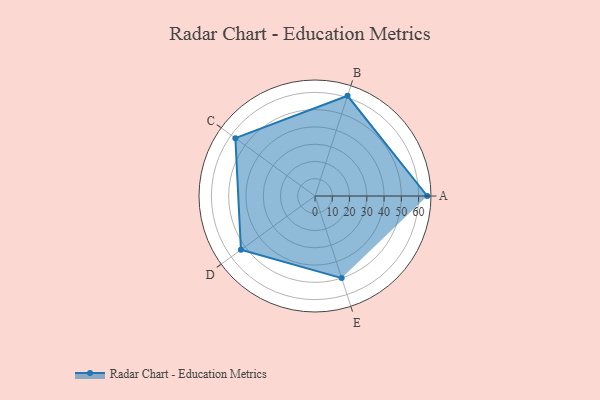
{"axis": {"x": "Skill", "y": "Score"}, "legend": ["Profile"], "data": [{"x": "A", "y": 65.0, "type": "Profile"}, {"x": "B", "y": 61.0, "type": "Profile"}, {"x": "C", "y": 57.0, "type": "Profile"}, {"x": "D", "y": 53.0, "type": "Profile"}, {"x": "E", "y": 50.0, "type": "Profile"}]}